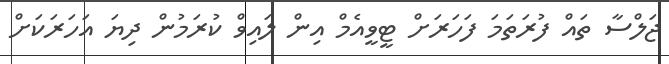
ޖަލްސާ ތައް ފުރަތަމަ ފަހަރަށް ޓީވީއެމް އިން ލައިވް ކުރަމުން ދިޔަ އަހަރަކަށް